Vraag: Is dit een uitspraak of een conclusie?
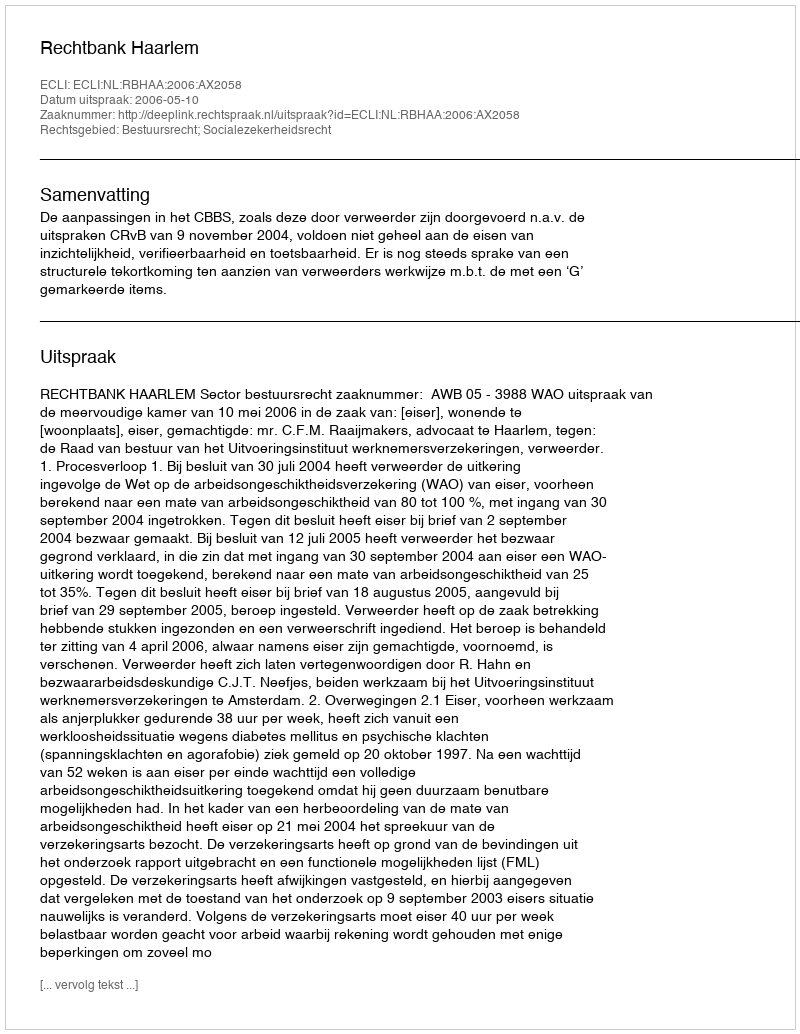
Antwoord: Uitspraak